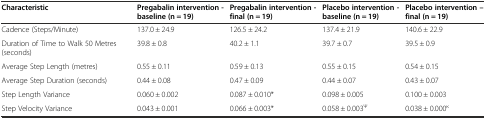
| Characteristic | Pregabalin intervention - baseline (n = 19) | Pregabalin intervention - final (n = 19) | Placebo intervention - baseline (n = 19) | Placebo intervention – final (n = 19) |
 | --- | --- | --- | --- | --- |
 | Cadence (Steps/Minute) | 137.0 ± 24.9 | 126.5 ± 24.2 | 137.4 ± 21.9 | 140.6 ± 22.9 |
 | Duration of Time to Walk 50 Metres (seconds) | 39.8 ± 0.8 | 40.2 ± 1.1 | 39.7 ± 0.7 | 39.5 ± 0.9 |
 | Average Step Length (metres) | 0.55 ± 0.11 | 0.59 ± 0.13 | 0.55 ± 0.15 | 0.54 ± 0.15 |
 | Average Step Duration (seconds) | 0.44 ± 0.08 | 0.47 ± 0.09 | 0.44 ± 0.07 | 0.43 ± 0.07 |
 | Step Length Variance | 0.060 ± 0.002 | 0.087 ± 0.010* | 0.098 ± 0.005 | 0.100 ± 0.003 |
 | Step Velocity Variance | 0.043 ± 0.001 | 0.066 ± 0.003* | 0.058 ± 0.003Ψ | 0.038 ± 0.000κ |